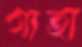
গাহা